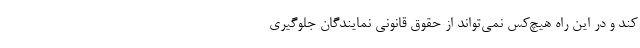
کند و در این راه هیچ‌کس نمی‌تواند از حقوق قانونی نمایندگان جلوگیری